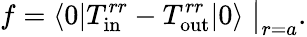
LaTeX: f=\langle 0|T_{\mathrm{in}}^{rr}-T_{\mathrm{out}}^{rr}|0\rangle\bigm|_{r=a}.